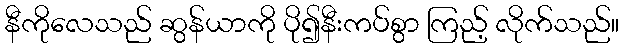
နီကိုလေသည် ဆွန်ယာကို ပို၍နီးကပ်စွာ ကြည့် လိုက်သည်။